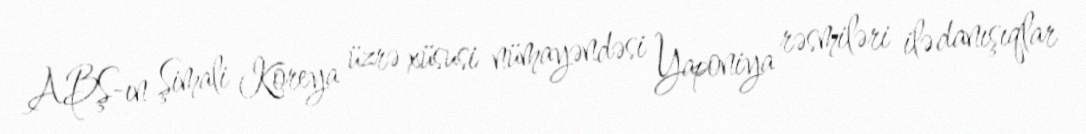
ABŞ-ın Şimali Koreya üzrə xüsusi nümayəndəsi Yaponiya rəsmiləri ilə danışıqlar